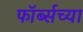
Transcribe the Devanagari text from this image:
फॉर्ब्सच्या